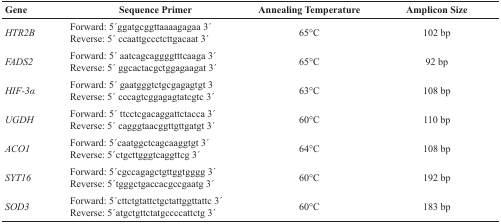
<table><thead><tr><td><b>Gene</b></td><td><b>Sequence Primer</b></td><td><b>Annealing Temperature</b></td><td><b>Amplicon Size</b></td></tr></thead><tbody><tr><td><i>HTR2B</i></td><td>Forward: 5 ́ggatgcggttaaaagagaa 3 ́Reverse: 5 ́ ccaattgccctcttgacaat 3 ́</td><td>65°C</td><td>102 bp</td></tr><tr><td><i>FADS2</i></td><td>Forward: 5 ́ aatcagcaggggtttcaaga 3 ́Reverse: 5 ́ ggcactacgctggagaagat 3 ́</td><td>65°C</td><td>92 bp</td></tr><tr><td><i>HIF-3α</i></td><td>Forward: 5 ́ gaatgggtctgcgagagtgt 3Reverse: 5 ́ cccagtcggagagtatcgtc 3 ́</td><td>63°C</td><td>108 bp</td></tr><tr><td><i>UGDH</i></td><td>Forward: 5 ́ ttcctcgacaggattctacca 3 ́Reverse: 5 ́ cagggtaacggttgttgatgt 3 ́</td><td>60°C</td><td>110 bp</td></tr><tr><td><i>ACO1</i></td><td>Forward: 5 ́caatggctcagcaaggtgt 3 ́Reverse: 5 ́ctgcttgggtcaggttcg 3 ́</td><td>64°C</td><td>108 bp</td></tr><tr><td><i>SYT16</i></td><td>Forward: 5 ́cgccagagctgttggtgggg 3 ́Reverse: 5 ́tgggctgaccacgccgaatg 3 ́</td><td>60°C</td><td>192 bp</td></tr><tr><td><i>SOD3</i></td><td>Forward: 5 ́cttctgtattctgctattggttattc 3 ́Reverse: 5 ́atgctgttctatgccccattctg 3 ́</td><td>60°C</td><td>183 bp</td></tr></tbody></table>